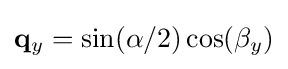
\mathbf {q} _{y}=\sin(\alpha /2)\cos(\beta _{y})